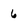
Character: 6